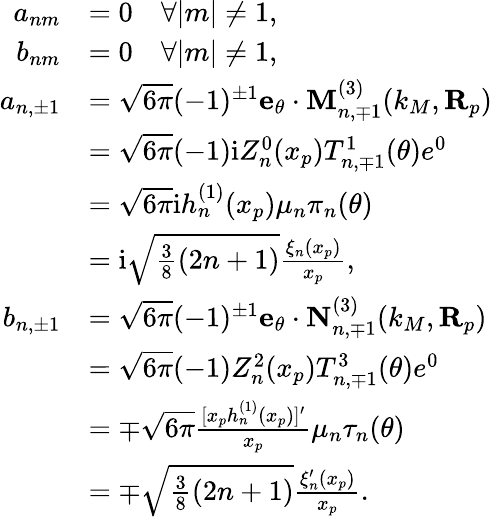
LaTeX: \begin{array}{rl}{a_{nm}}&{=0\quad\forall|m|\neq 1,}\\ {b_{nm}}&{=0\quad\forall|m|\neq 1,}\\ {a_{n,\pm 1}}&{=\sqrt{6\pi}(-1)^{\pm 1}\mathbf{e}_{\theta}\cdot\mathbf{M}_{n,\mp 1}^{(3)}(k_{M},\mathbf{R}_{p})}\\ &{=\sqrt{6\pi}(-1)\mathrm{i}Z_{n}^{0}(x_{p})T_{n,\mp 1}^{1}(\theta)e^{0}}\\ &{=\sqrt{6\pi}\mathrm{i}h_{n}^{(1)}(x_{p})\mu_{n}\pi_{n}(\theta)}\\ &{=\mathrm{i}\sqrt{\frac{3}{8}(2n+1)}\frac{\xi_{n}(x_{p})}{x_{p}},}\\ {b_{n,\pm 1}}&{=\sqrt{6\pi}(-1)^{\pm 1}\mathbf{e}_{\theta}\cdot\mathbf{N}_{n,\mp 1}^{(3)}(k_{M},\mathbf{R}_{p})}\\ &{=\sqrt{6\pi}(-1)Z_{n}^{2}(x_{p})T_{n,\mp 1}^{3}(\theta)e^{0}}\\ &{=\mp\sqrt{6\pi}\frac{[x_{p}h_{n}^{(1)}(x_{p})]^{\prime}}{x_{p}}\mu_{n}\tau_{n}(\theta)}\\ &{=\mp\sqrt{\frac{3}{8}(2n+1)}\frac{\xi_{n}^{\prime}(x_{p})}{x_{p}}.}\end{array}